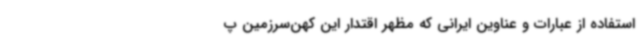
استفاده از عبارات و عناوین ایرانی که مظهر اقتدار این کهن‌سرزمین پ